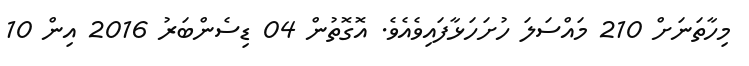
މިހާތަނަށް 210 މައްސަލަ ހުށަހަޅާފައިވެއެވެ. އޮގޮތުން 04 ޑިސެންބަރު 2016 އިން 10